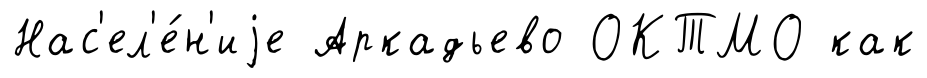
Нас'ел'е́н'иjе Аркадьево ОКТМО как